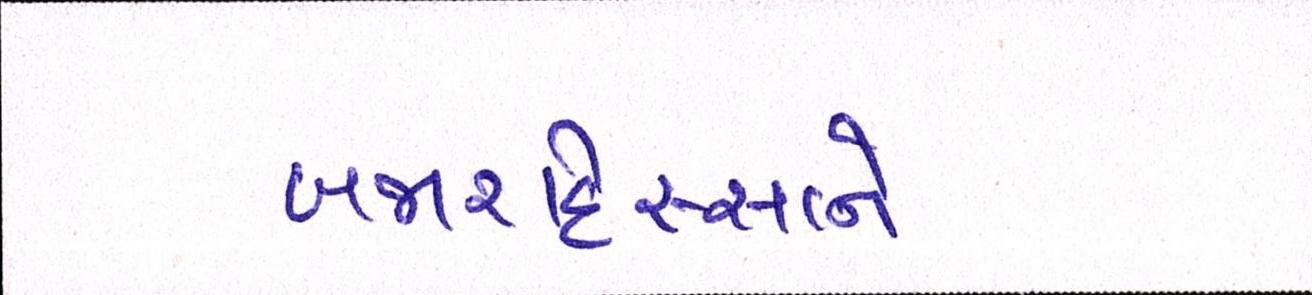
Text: બજારહિસ્સાને